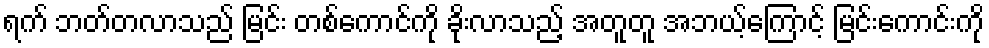
ရက် ဘတ်တလာသည် မြင်း တစ်ကောင်ကို ခိုးလာသည့် အတူတူ အဘယ့်ကြောင့် မြင်းကောင်းကို